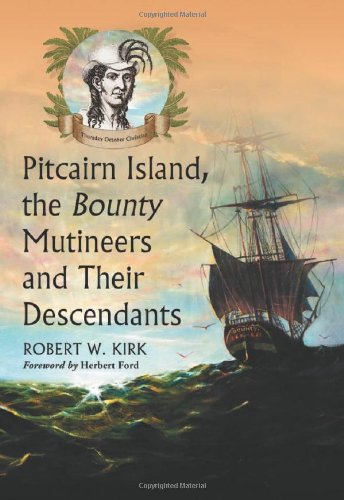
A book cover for Pitcairn Island, the Bounty Mutineers and Their Descendants: A History; Robert W. Kirk; History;